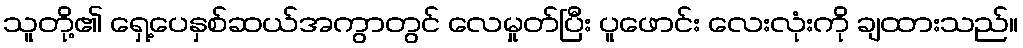
သူတို့၏ ရှေ့ပေနှစ်ဆယ်အကွာတွင် လေမှုတ်ပြီး ပူဖောင်း လေးလုံးကို ချထားသည်။